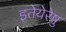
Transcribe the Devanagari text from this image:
इतेयेरेषु